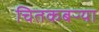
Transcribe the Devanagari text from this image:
चितकबऱ्या